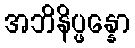
အဘိနိပ္ဖန္နော